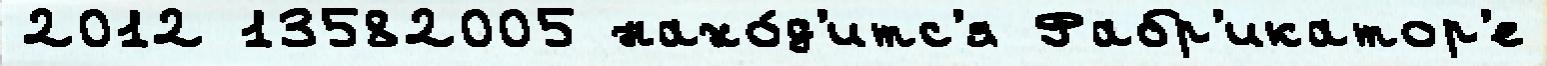
2012 13582005 нахо́д'итс'я Фабр'икатор'е